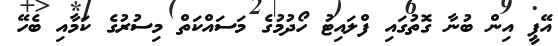
އޭޕީ އިން ބުނާ ގޮތުގައި ފްލައިޓު ހޯދުމުގެ މަސައްކަތް މިސުރުގެ ކަމާއި ބެހޭ